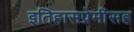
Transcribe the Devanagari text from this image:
इतिहासप्रेमींसह